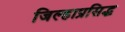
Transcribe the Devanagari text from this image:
जिल्हाप्रसिद्ध